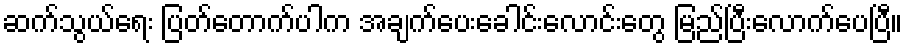
ဆက်သွယ်ရေး ပြတ်တောက်ပါက အချက်ပေးခေါင်းလောင်းတွေ မြည်ပြီးလောက်ပေပြီ။